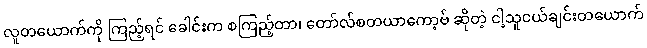
လူတယောက်ကို ကြည့်ရင် ခေါင်းက စကြည့်တာ၊ တော်လ်စတယာကော့ဗ် ဆိုတဲ့ ငါ့သူငယ်ချင်းတယောက်